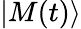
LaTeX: \vert{M(t)}\rangle